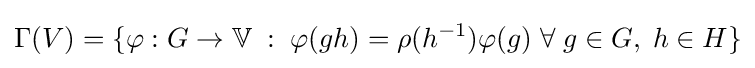
\Gamma (V)=\{\varphi :G\rightarrow \mathbb {V} \;:\;\varphi (gh)=\rho (h^{-1})\varphi (g)\;\forall \;g\in G,\;h\in H\}